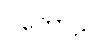
ပုတောဠိ